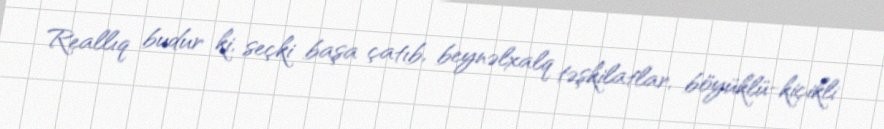
Reallıq budur ki, seçki başa çatıb, beynəlxalq təşkilatlar, böyüklü-kiçikli